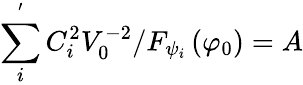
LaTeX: \sum_{i}^{^{\prime}}C_{i}^{2}V_{0}^{-2}/F_{\psi_{i}}\left(\varphi_{0}\right)=A